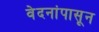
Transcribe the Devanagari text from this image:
वेदनांपासून